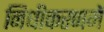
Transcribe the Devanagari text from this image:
निधीकरणमें